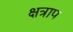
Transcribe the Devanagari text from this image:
क्षत्राप